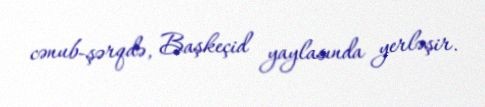
cənub-şərqdə, Başkeçid yaylasında yerləşir.